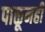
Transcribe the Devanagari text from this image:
पाळूनही